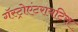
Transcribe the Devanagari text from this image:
गॅस्ट्रोएंटरायटिस